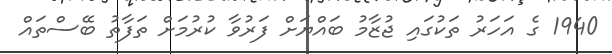
1940 ގެ އަހަރު ތަކުގައި ޖުޒާމު ބައްޔަށް ފަރުވާ ކުރުމަށް ތަފާތު ބޭސްތައް